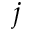
j